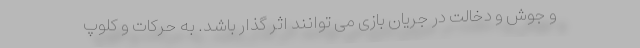
و جوش و دخالت در جریان بازی می توانند اثر گذار باشد. به حرکات و کلوپ